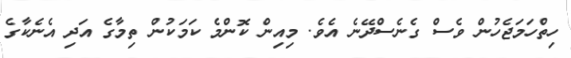
ހިތްހަމަޖެހުން ވެސް ގެނެސްދޭނެ އެވެ. މިއިން ކޮންމެ ކަމަކުން ތިމާގެ އަދި އެނެކާގެ